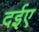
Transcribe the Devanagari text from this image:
दईए